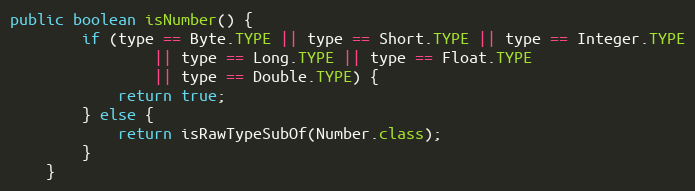
Language: Java
public boolean isNumber() {
		if (type == Byte.TYPE || type == Short.TYPE || type == Integer.TYPE
				|| type == Long.TYPE || type == Float.TYPE
				|| type == Double.TYPE) {
			return true;
		} else {
			return isRawTypeSubOf(Number.class);
		}
	}